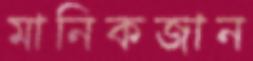
মানিকজান